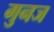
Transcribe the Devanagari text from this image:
गुनज